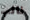
نائب